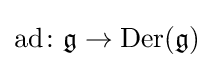
\operatorname {ad} \colon {\mathfrak {g}}\to \operatorname {Der} ({\mathfrak {g}})